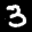
Label: 3